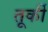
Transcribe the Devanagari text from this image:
तूर्की